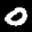
Label: 0